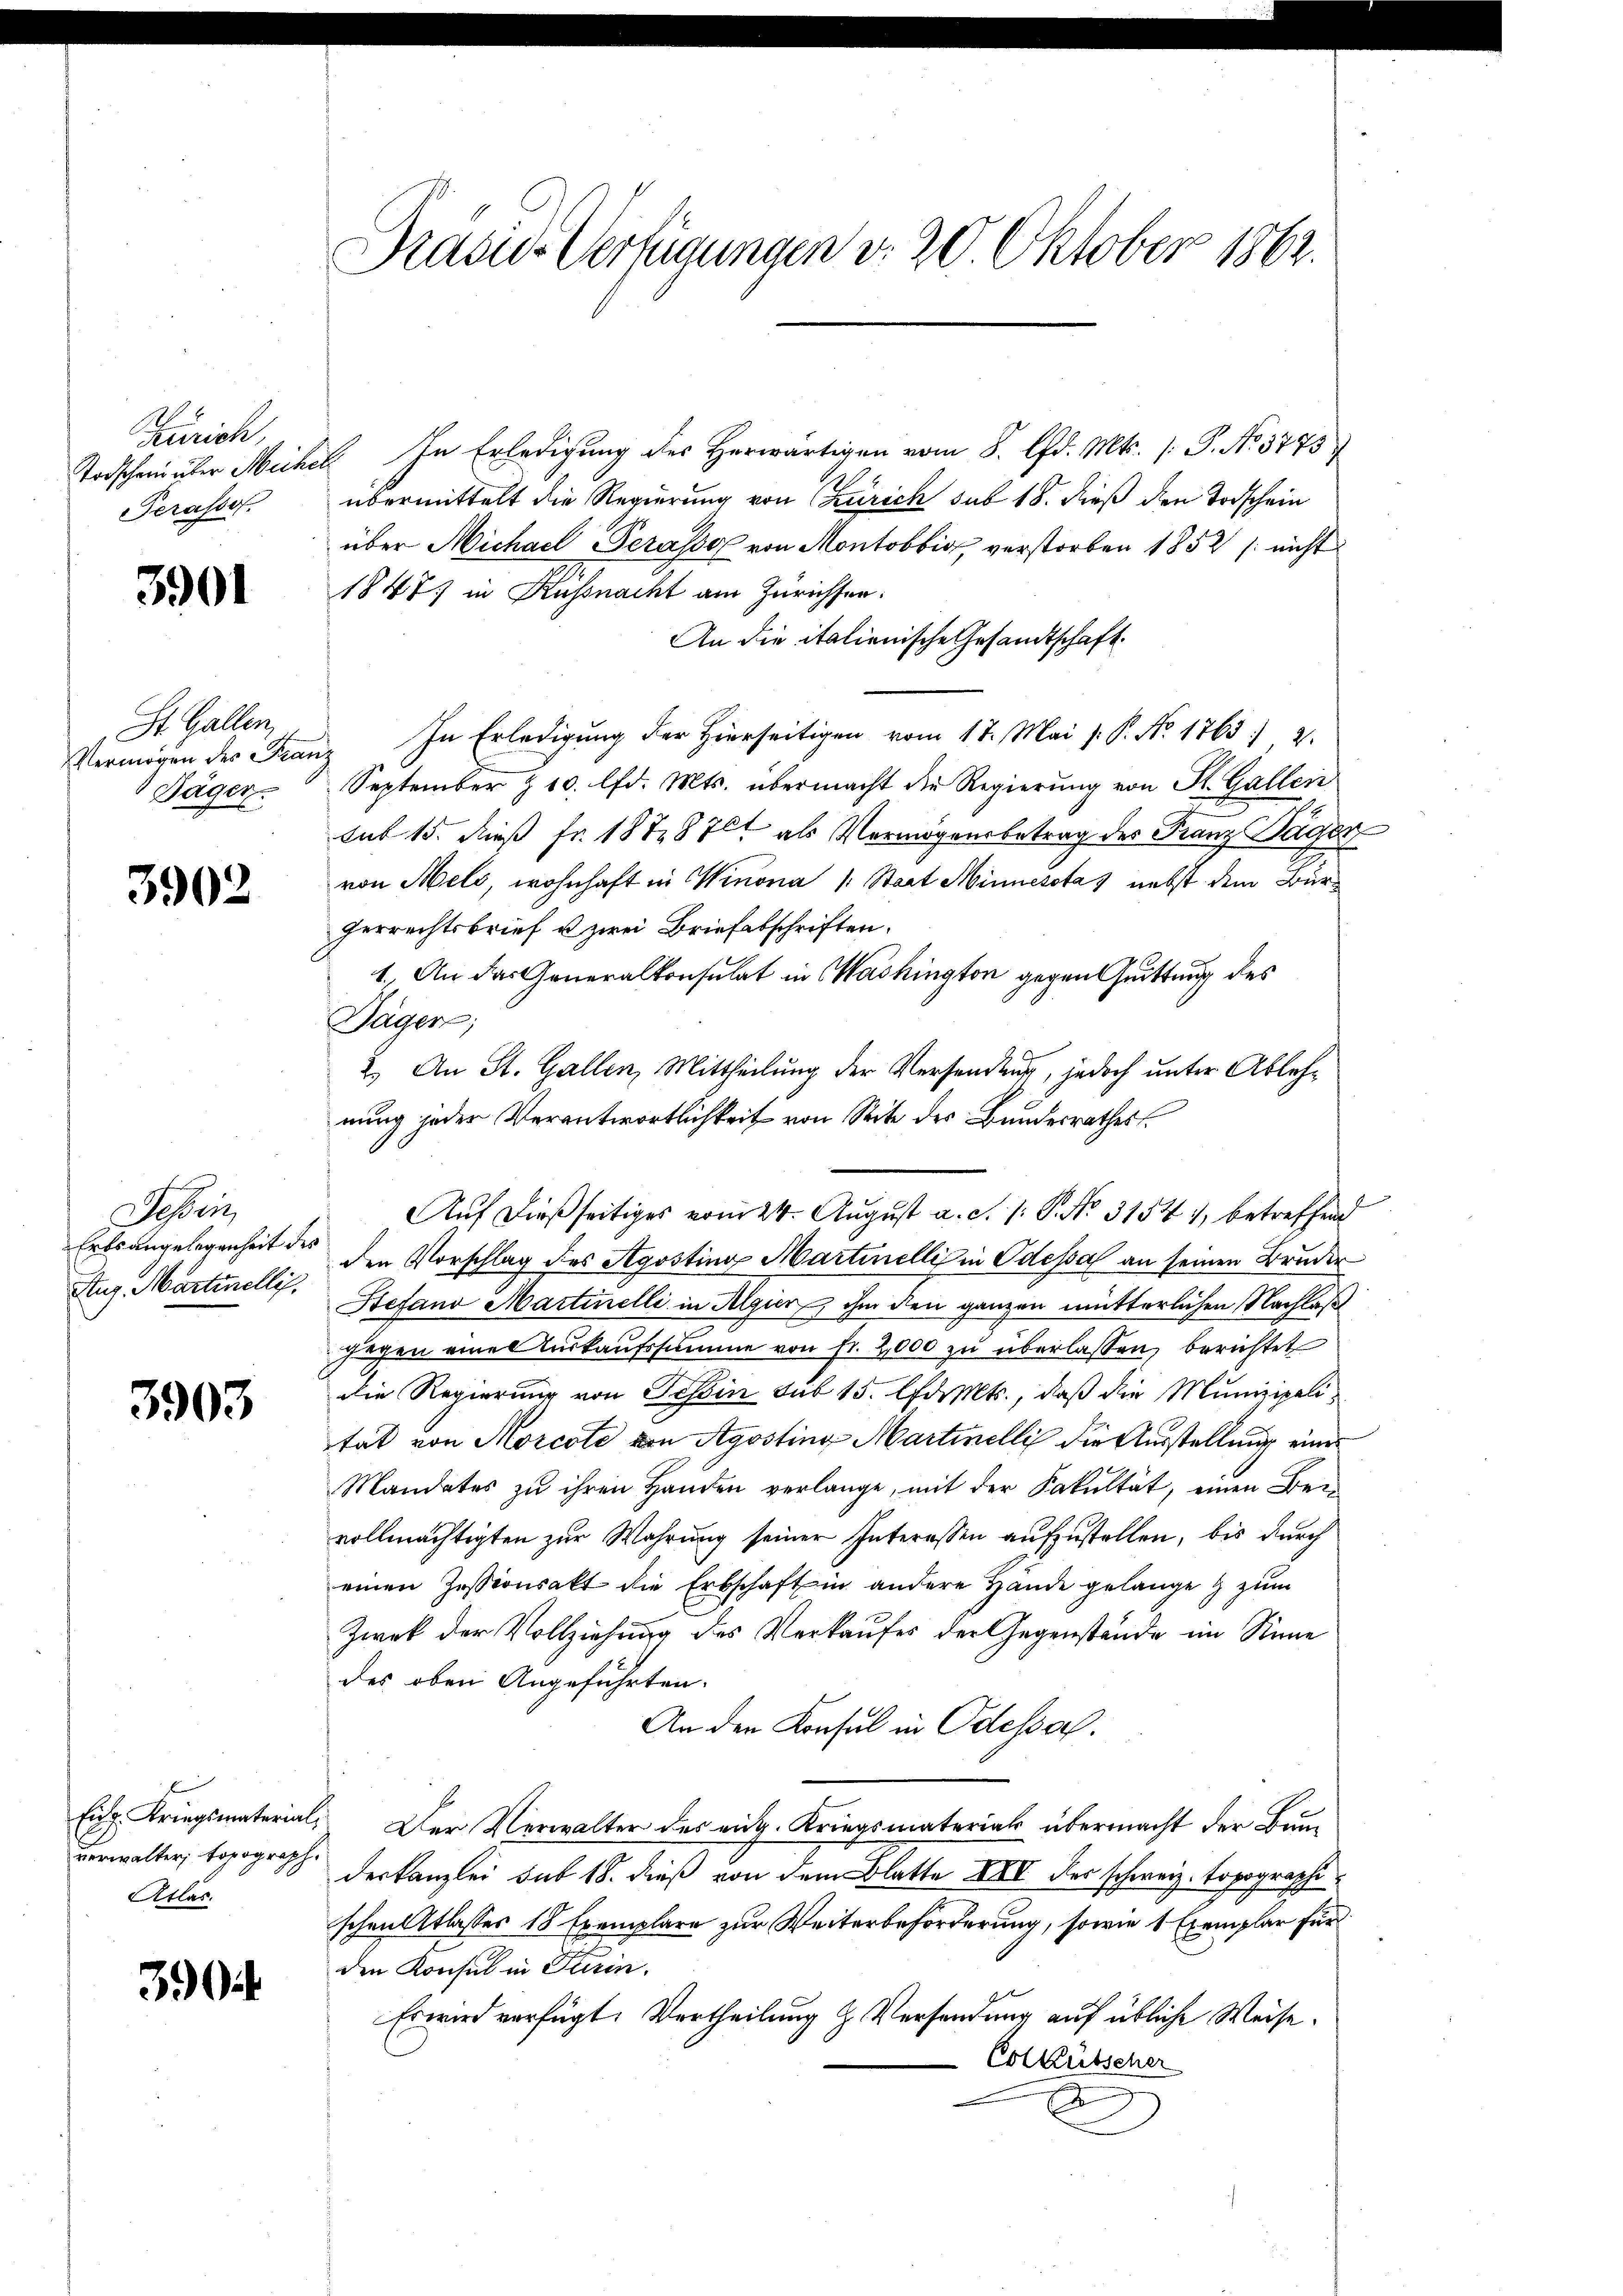
Zürich,
Serasser.

3901

St. Gallen,
Vermögen des Franz
Tägen.

3902

Seben
Ertsangelegenheit des
Aug. Martinellis,

3903

verwalter topograph.
Atlas.

30

Präside Verfügungen d. 20. Oktober 1862.

Todscheinüber Miche In Erledigung des Herwärtigen vom 8. d. Mts. 1. P. No. 3775
übermittelt die Regierung von Zürich sub 18. dieß den Todschein
über Michael Terasse von Montobbig, verstorben 1852 / nicht
1847 in Küssnacht am Zürichsen.
An die italienische Gesandtschaft
In Erledigung der hierseitigen vom 17. Mai d. P. Nr. 1763. 2.
September z 10. lfd. Mts. übermacht die Regierung von St. Gallen
sub 15. dieß fr. 1878 761 als Vermögensbetrag der Franz Sager
von Mels, wohnhaft in Winona (: Staat Minnesstas nebst dem Bürgerrechtsbrief u zwei Briefabschriften.
1. An das Generalkonsulat in Washington gegen Guittung des
Däger;
2. An St. Gallen, Mittheilung der Versendung, jedoch unter Ablehnung jeder Verantwortlichkeit von Seite des Bundesrathes
den Vorschlag des Agosting Martinelli in Odessa an seinen Bruder
Stefano Martinelli in Algur, ihm den ganzen mütterlichen Nachlaß
gegen eine Zurkaufssumme von fr. 2000 zu überlassen, berichtet
die Regierung von Tessin sub 15. Charts, daß die Munizipalitat von Morcote von Agosting Martinelli die Ausstellung einer
Mandates zu ihren Handen verlange, mit der Fakultät, einen Bei
vollmächtigten zur Wahrung seiner Interessen aufzustellen, bis durch
einen Zessionsakt die Erbschaft in andere Hände gelange zum
Zwek der Vollziehung des Verkaufes der Gegenstände im Sinne
des oben Angeführten.
An den Konsul in Odessah.
Ein Kriegsmaterial, Der Verwalter des eidg. Kriegsmaterial übermacht der Bun
derkanzlei sub 18. dieß von dem Blatte XXII des schweiz. Topographi
schen Atlasses 18 Exemplare zur Weiterbeförderung, sowie 1 Exemplar für
den Konsul in Turin.
Er wird verfügt. Vertheilung & Versendung auf übliche Weise.
Colkütscher
E

Auf dießseitiges vom 24. August a. c. 1: P. No. 31541, betreffend